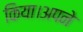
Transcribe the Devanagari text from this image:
किया।अपने